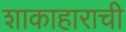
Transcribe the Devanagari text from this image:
शाकाहाराची